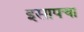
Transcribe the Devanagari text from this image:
इसापचा